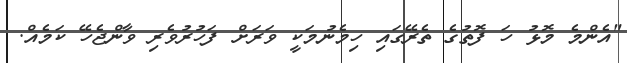
"އެންމެ މޮޅު ހަ ފޮތުގެ ތެރޭގައި ހިމެނުމަކީ ވަރަށް ފަހުރުވެރި ވާންޖެހޭ ކަމެއް.